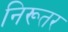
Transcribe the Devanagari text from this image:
निरूतर